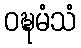
ဝဍ္ဎမံသံ